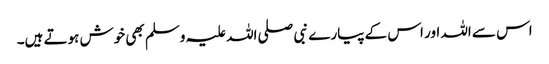
اس سے اللہ اور اس کے پیارے نبی صلی اللہ علیہ وسلم بھی خوش ہوتے ہیں۔